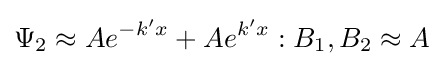
\Psi _{2}\approx Ae^{-k'x}+Ae^{k'x}:B_{1},B_{2}\approx A